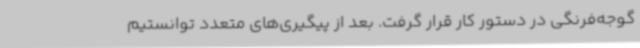
گوجه‌فرنگی در دستور کار قرار گرفت. بعد از پیگیری‌های متعدد توانستیم